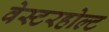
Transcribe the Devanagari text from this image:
वेस्टरहोल्ट